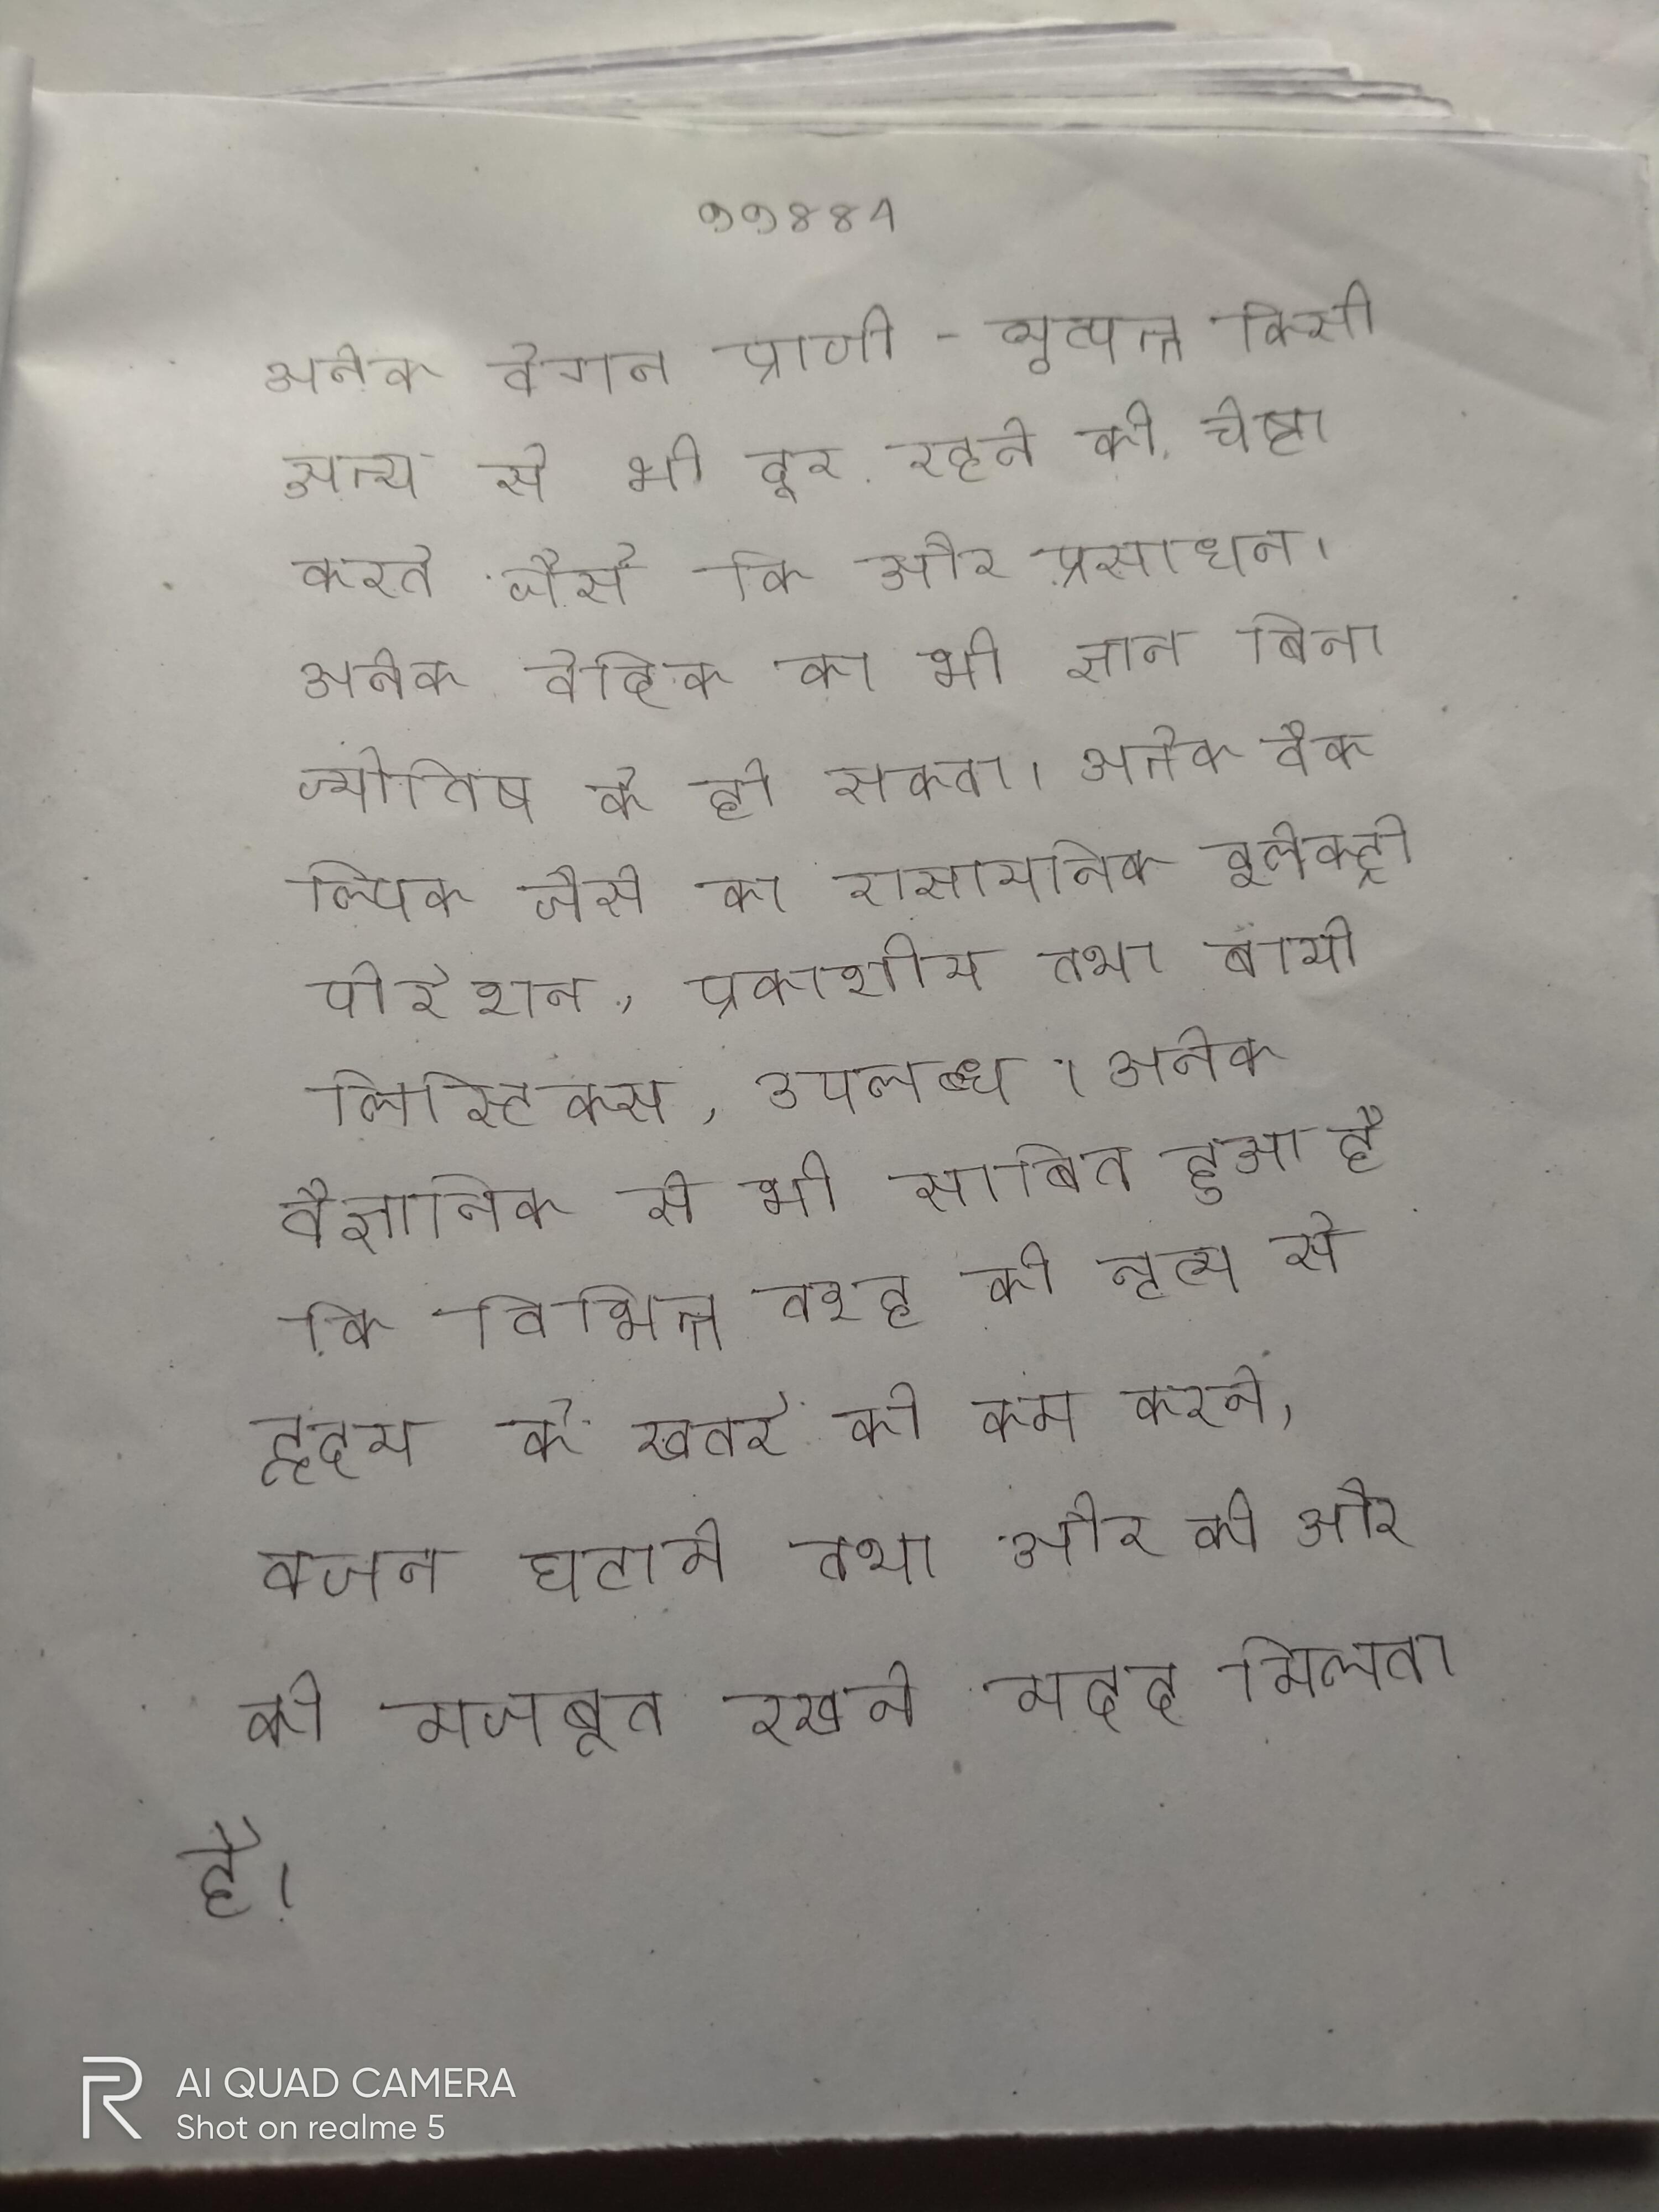
अनेक वेगन प्राणी-व्युत्पन्न किसी अन्य से भी दूर रहने की चेष्टा करते जैसे कि और प्रसाधन । अनेक वेदिक का भी ज्ञान बिना ज्योतिष के हो सकता । अनेक वैकल्पिक जैसे का रासायनिक इलेक्ट्रोपोरेशन, प्रकाशीय तथा बायोलिस्टिक्स, उपलब्ध । अनेक वैज्ञानिक से भी साबित हुआ है कि विभिन्न तरह की नृत्य से हृदय के खतरे को कम करने, वजन घटाने तथा और की और को मजबूत रखने मदद मिलती है ।